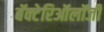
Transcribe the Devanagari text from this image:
बॅक्टेरिऑलॉजी